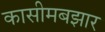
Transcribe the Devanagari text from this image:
कासीमबझार